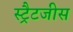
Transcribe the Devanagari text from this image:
स्ट्रैटजीस